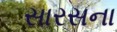
સારસના